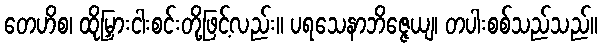
တေဟိစ၊ ထိုမြှားငါးစင်းတို့ဖြင့်လည်း။ ပရသေနာဘိဇ္ဇေယျ၊ တပါးစစ်သည်သည်။